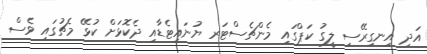
އަދި އިނގިރޭސި ލީގު ކަޕްގައި މެންޗެސްޓަރ ޔުނައިޓެޑާއި ދެކޮޅަށް ކުޅޭ މެޗުގައި ވެސް